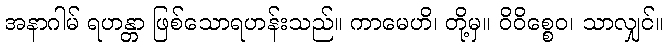
အနာဂါမ် ရဟန္တာ ဖြစ်သောရဟန်းသည်။ ကာမေဟိ၊ တို့မှ။ ဝိဝိစ္စေဝ၊ သာလျှင်။